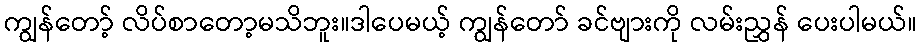
ကျွန်တော့် လိပ်စာတော့မသိဘူး။ဒါပေမယ့် ကျွန်တော် ခင်ဗျားကို လမ်းညွှန် ပေးပါမယ်။